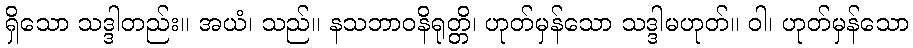
ရှိသော သဒ္ဒါတည်း။ အယံ၊ သည်။ နသဘာဝနိရုတ္တိ၊ ဟုတ်မှန်သော သဒ္ဒါမဟုတ်။ ဝါ၊ ဟုတ်မှန်သော